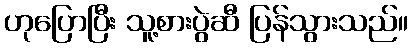
ဟုပြောပြီး သူ့စားပွဲဆီ ပြန်သွားသည်။